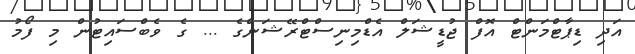
އަދި ޑިޕާޓްމަންޓް އޮފް ޖުޑީޝަލް އެޑްމިނިސްޓްރޭޝަންގެ ... ގެ ވެބްސައިޓުން މި ފޯމު